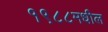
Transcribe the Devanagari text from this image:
१९८८मधील